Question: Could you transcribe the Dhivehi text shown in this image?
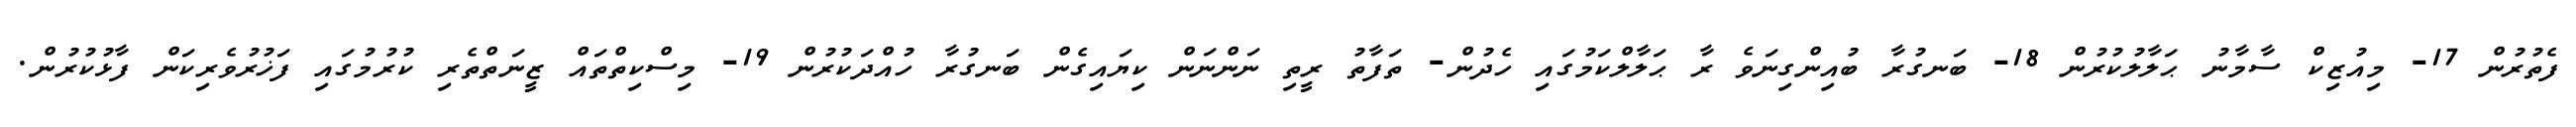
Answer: ފެތުރުން 17- މިއުޒިކް ސާމާނު ޙަލާލުކުރުން 18- ބަނގުރާ ބުއިންގިނަވެ ރާ ޙަލާލްކަމުގައި ހެދުން- ތަފާތު ރީތި ނަންނަން ކިޔައިގެން ބަނގުރާ ހުއްދަކުރުން 19- މިސްކިތްތައް ޒީނަތްތެރި ކުރުމުގައި ފަޚުރުވެރިކަން ފާޅުކުރުން.